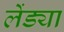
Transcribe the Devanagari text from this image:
लेंड्या